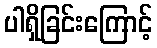
ပါရှိခြင်းကြောင့်